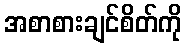
အစာစားချင်စိတ်ကို